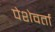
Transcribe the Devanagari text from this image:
पेशेवर्ता